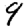
Digit: 9